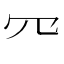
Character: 㓁